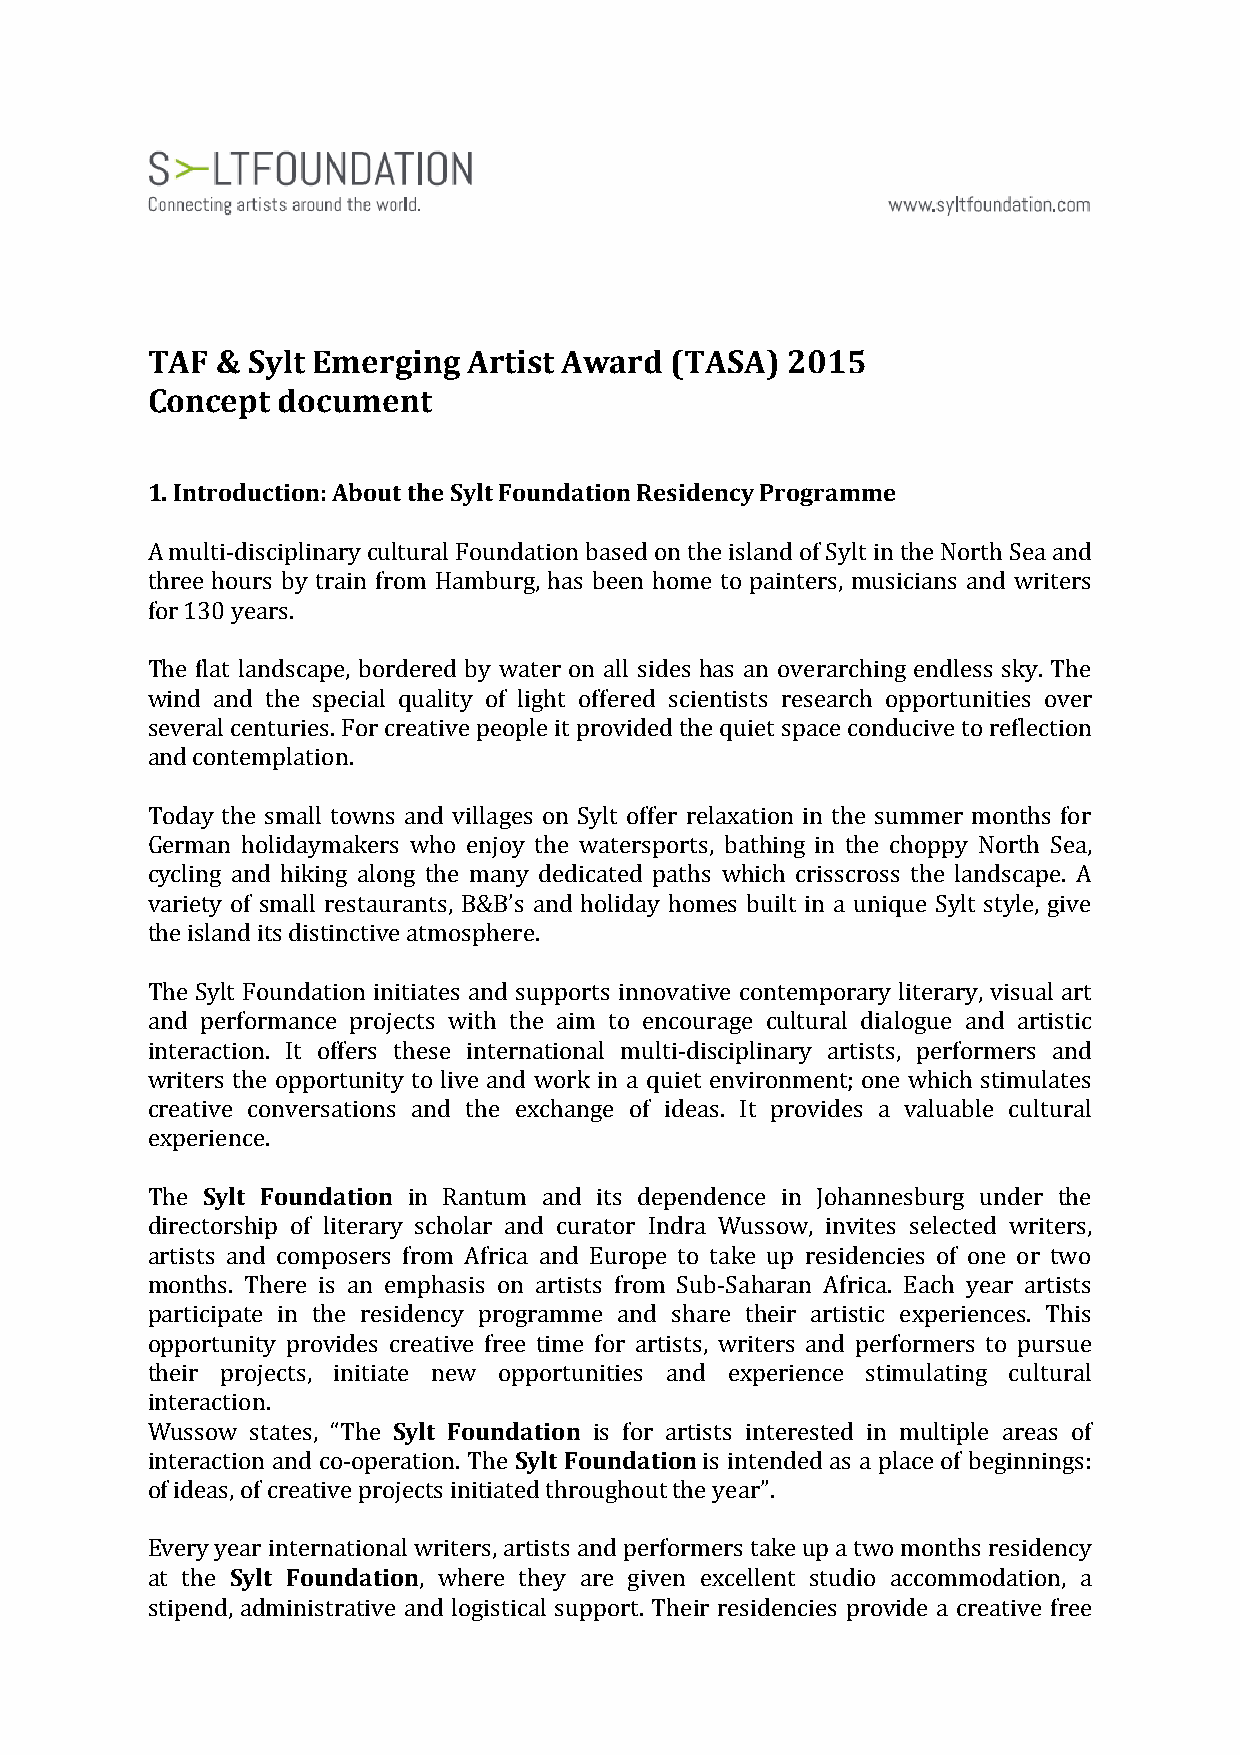
TAF & Sylt Emerging  Artist Award (TASA)  2015
 Concept document
 1. Introduction: About the Sylt Foundation Residency Programme
 A multi-disciplinary cultural Foundation based on the island of Sylt in the North Sea and
 three hours by train from Hamburg, has been home to painters, musicians and writers
 for 130 years.
 The flat landscape, bordered by water on all sides has an overarching endless sky. The
 wind and the special quality of light offered scientists research opportunities over
 several centuries. For creative people it provided the quiet space conducive to reflection
 and contemplation.
 Today the small towns and villages on Sylt offer relaxation in the summer months for
 German holidaymakers who enjoy the watersports, bathing in the choppy North Sea,
 cycling and hiking along the many dedicated paths which crisscross the landscape. A
 variety of small restaurants, B&B’s and holiday homes built in a unique Sylt style, give
 the island its distinctive atmosphere.
 The Sylt Foundation initiates and supports innovative contemporary literary, visual art
 and performance projects with the aim to encourage cultural dialogue and artistic
 interaction. It offers these international multi-disciplinary artists, performers and
 writers the opportunity to live and work in a quiet environment; one which stimulates
 creative conversations and the exchange of ideas. It provides a valuable cultural
 experience.
 The Sylt Foundation in Rantum and its dependence in Johannesburg under the
 directorship of literary scholar and curator Indra Wussow, invites selected writers,
 artists and composers from Africa and Europe to take up residencies of one or two
 months. There is an emphasis on artists from Sub-Saharan Africa. Each year artists
 participate in the residency programme and share their artistic experiences. This
 opportunity provides creative free time for artists, writers and performers to pursue
 their projects, initiate new opportunities and experience stimulating cultural
 interaction.
 Wussow states, “The Sylt Foundation is for artists interested in multiple areas of
 interaction and co-operation. The Sylt Foundation is intended as a place of beginnings:
 of ideas, of creative projects initiated throughout the year”.
 Every year international writers, artists and performers take up a two months residency
 at the Sylt Foundation, where they are given excellent studio accommodation, a
 stipend, administrative and logistical support. Their residencies provide a creative free